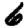
Digit: 6